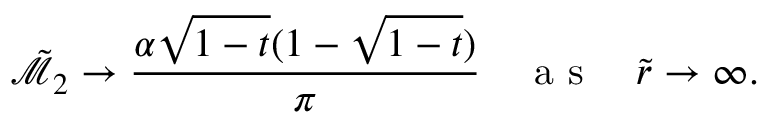
\tilde { \mathcal { M } } _ { 2 } \rightarrow \frac { \alpha \sqrt { 1 - t } ( 1 - \sqrt { 1 - t } ) } { \pi } \quad \mathrm { ~ a ~ s ~ } \quad \tilde { r } \rightarrow \infty .